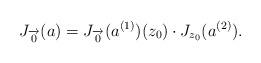
LaTeX: \begin{align*}J_{\overrightarrow 0}(a)=J_{\overrightarrow 0}(a^{(1)})(z_0)\cdot J_{z_0}(a^{(2)}).\end{align*}